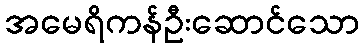
အမေရိကန်ဦးဆောင်သော